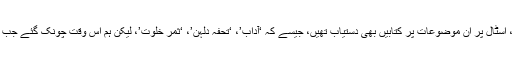
آپ بھی حیران ہوں گے کہ جن موضوعات پر لب کشائی کرنا ہمارے معاشرے کا رواج نہیں، اسٹال پر ان موضوعات پر کتابیں بھی دستیاب تھیں، جیسے کہ ‘آداب’، ‘تحفہ دلہن’، ‘ثمر خلوت’، لیکن ہم اُس وقت چونک گئے جب سابق کشمیری وزیراعظم ‘کوکا پنڈت’ کی مشہور و قدیم ہندوستانی کتاب پر ہماری نظر پڑی۔